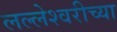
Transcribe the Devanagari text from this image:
लल्लेश्वरीच्या